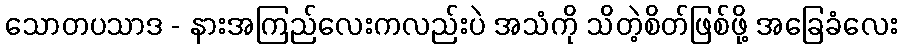
သောတပသာဒ - နားအကြည်လေးကလည်းပဲ အသံကို သိတဲ့စိတ်ဖြစ်ဖို့ အခြေခံလေး